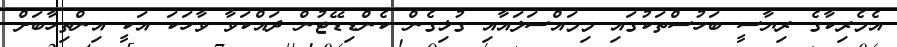
އެމެރިކާގެ ރިޔާސީ ބަހުސްތަކުގައި މިމައްސަލައާއި ގުޅިގެން ކެންޑިޑޭޓުން ދައްކަވާ ވާހަކަ އަކީ އިންތިހާބަށް